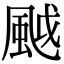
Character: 䬂